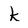
Character: k